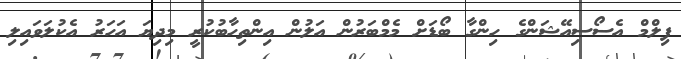
ފިލްމް އެސޯސިއޭޝަންގެ ހިންގާ ބޯޑަށް މެމްބަރުން އަލުން އިންތިހާބުކުރީ މިދިޔަ އަހަރު އެކުލަވައިލި